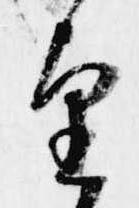
望